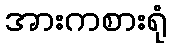
အားကစားရုံ